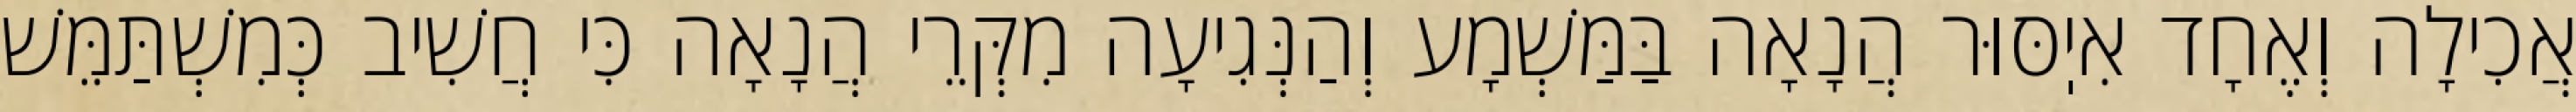
אֲכִילָה וְאֶחָד אִיֽסּוּר הֲנָאָה בַּמַּשְׁמָע וְהַנְּגִיעָה מִקְּרֵי הֲנָאָה כִּי חֲשִׁיב כְּמִשְׁתַּמֵּשׁ